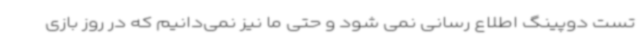
تست دوپینگ اطلاع رسانی نمی شود و حتی ما نیز نمی‌دانیم که در روز بازی